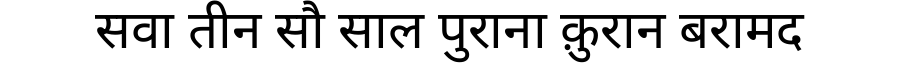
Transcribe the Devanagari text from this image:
सवा तीन सौ साल पुराना क़ुरान बरामद